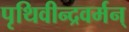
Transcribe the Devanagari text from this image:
पृथिवीन्द्रवर्मन्